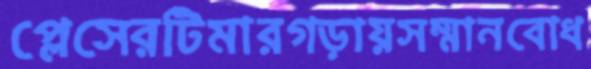
প্লেসেরটিমারগড়ায়সম্মানবোধ